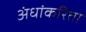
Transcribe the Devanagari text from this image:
अंधांकरिता